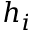
h _ { i }